Leaving Certificate Examination, 1909
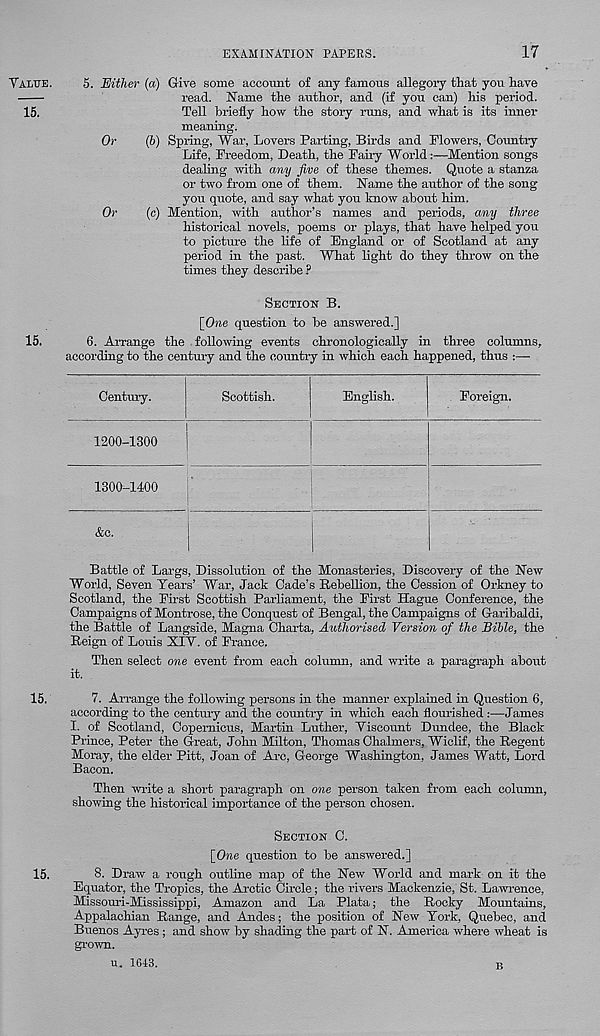
EXAMINATION PAPERS.
17
YAIilTE.
15.
5. Either (a) Give some account of any famous allegory that you have
read. Name the author, and (if you can) his period.
Tell briefly how the story runs, and what is its inner
meaning.
Or
(5) Spring, War, Lovers Parting, Birds and Flowers, Country
Life, Freedom, Death, the Fairy WorldMention songs
dealing with any five of these themes. Quote a stanza
or two from one of them. Name the author of the song
you quote, and say what you know about him.
Or
(c) Mention, with author’s names and periods, any three
historical novels, poems or plays, that have helped you
to picture the life of England or of Scotland at any
period in the past. What light do they throw on the
times they describe ?
15.
SECTION B.
\_One question to be answered.]
6. Arrange the following events chronologically in three columns,
according to the century and the country in which each happened, thus :—
Century.
Scottish.
English.
Foreign.
1200-1300
1300-1400
&c.
Battle of Largs, Dissolution of the Monasteries, Discovery of the New
World, Seven Tears’ War, Jack Cade’s Rebellion, the Cession of Orkney to
Scotland, the First Scottish Parliament, the First Hague Conference, the
Campaigns of Montrose, the Conquest of Bengal, the Campaigns of Garibaldi,
the Battle of Langside, Magna Charta, Authorised Version of the Bible, the
Reign of Louis XIY. of France.
Then select one event from each column, and write a paragraph about
it.
15.
7. Arrange the following persons in the manner explained in Question 6,
according to the century and the country in which each flourished :—James
I. of Scotland, Copernicus, Martin Luther, Yiscount Dundee, the Black
Prince, Peter the Great, John Milton, Thomas Chalmers, Wiclif, the Regent
Moray, the elder Pitt, Joan of Arc, George Washington, James Watt, Lord
Bacon.
Then write a short paragraph on one person taken from each column,
showing the historical importance of the person chosen.
SECTION C.
[One question to be answered.]
15.
8. Draw a rough outline map of the New World and mark on it the
Equator, the Tropics, the Arctic Circle; the rivers Mackenzie, St. Lawrence,
Missouri-Mississippi, Amazon and La Plata; the Rocky Mountains,
Appalachian Range, and Andes; the iiosition of New York, Quebec, and
Buenos Ayres ; and show by shading the part of N. America where wheat is
grown.
u. 1613.
B